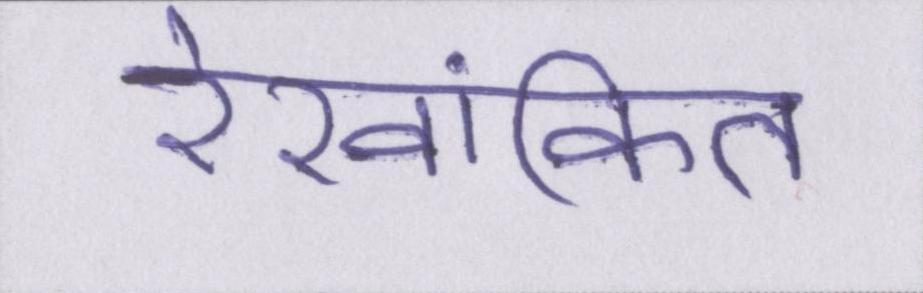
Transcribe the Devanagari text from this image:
रेखांकित